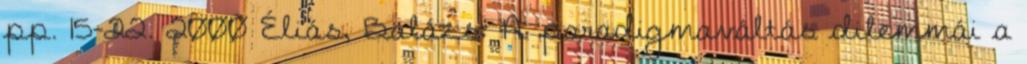
pp. 15-22. 2000 Éliás, Balázs: A paradigmaváltás dilemmái a